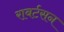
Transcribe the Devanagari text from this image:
राबर्टसन